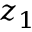
z _ { 1 }